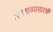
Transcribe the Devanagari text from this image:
पाणलाव्यासारखी